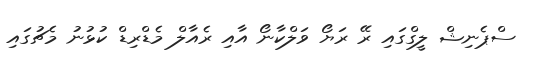
ސްޕެނިޝް ލީގްގައި ރޭ ރަޔޯ ވަލްކާނޯ އާއި ރެއާލް މެޑްރިޑް ކުޅުނު މެޗުގައި